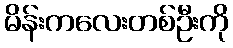
မိန်းကလေးတစ်ဦးကို